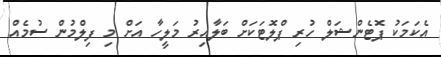
އެކަމަކު ޕޮޓެންޝަލް ހުރި ޕްލޮޓަކަށް ބަލާއިރު މަލީހާ އަށް މި ފިލްމުން ސުމެއް